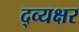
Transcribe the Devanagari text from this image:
द्व्यक्षर